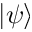
| \psi \rangle